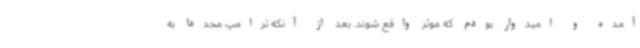
آمده و امیدوار بودم که موثر واقع شوند. بعد از آنکه ترامپ مجدداً به